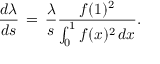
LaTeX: \frac { d \lambda } { d s } \, = \, \frac { \lambda } { s } \frac { f ( 1 ) ^ { 2 } } { \int _ { 0 } ^ { 1 } f ( x ) ^ { 2 } \, d x } .